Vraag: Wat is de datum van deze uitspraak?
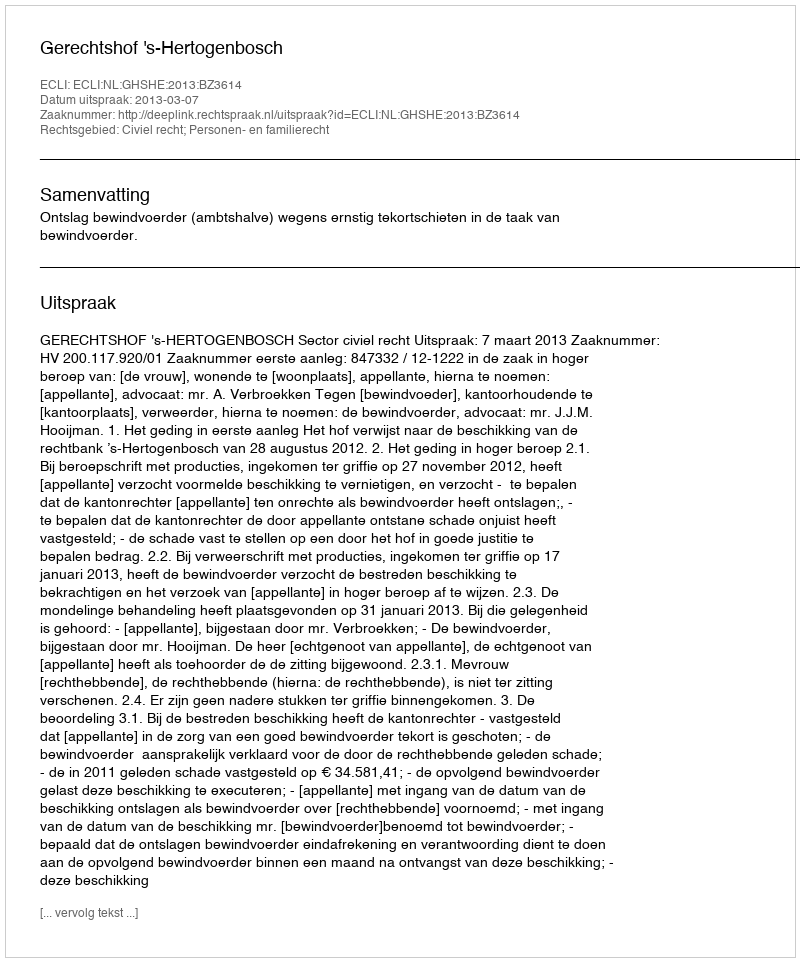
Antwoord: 2013-03-07